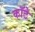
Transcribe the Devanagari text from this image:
कॉटे